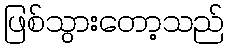
ဖြစ်သွားတော့သည်